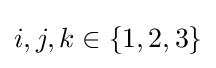
i,j,k\in \{1,2,3\}